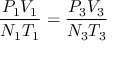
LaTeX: { \frac { P _ { 1 } V _ { 1 } } { N _ { 1 } T _ { 1 } } } = { \frac { P _ { 3 } V _ { 3 } } { N _ { 3 } T _ { 3 } } }